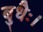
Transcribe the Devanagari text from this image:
बुधैः।